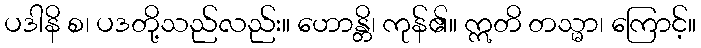
ပဒါနိ စ၊ ပဒတို့သည်လည်း။ ဟောန္တိ၊ ကုန်၏။ ဣတိ တသ္မာ၊ ကြောင့်။